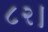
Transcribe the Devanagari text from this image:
८२।